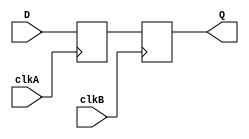
module master_slave_ff_synchronizer (
    input wire D,          // Data input
    input wire clkA,      // Clock A for master flip-flop
    input wire clkB,      // Clock B for slave flip-flop
    output reg Q          // Synchronized output
);

    // Internal signal for master flip-flop output
    reg Q1;

    // Master Flip-Flop: Triggered by Clock A
    always @(posedge clkA) begin
        Q1 <= D;            // Capture data on rising edge of Clock A
    end

    // Slave Flip-Flop: Triggered by Clock B
    always @(posedge clkB) begin
        Q <= Q1;           // Capture master output on rising edge of Clock B
    end

endmodule